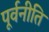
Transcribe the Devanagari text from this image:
पूर्वनीति